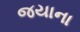
જયાના